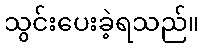
သွင်းပေးခဲ့ရသည်။